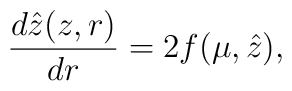
\frac{d\hat{z}(z,r)}{dr} = 2 f(\mu,\hat{z}),